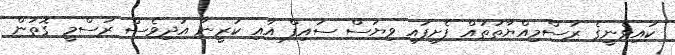
ކައިވެނީގެ ރަސްމިއްޔާތުތައް ފެށިފައި ވިޔަސް ސައިފް އާއި ކަރީނާ އަދިވެސް ރަސްމީ ގޮތުން